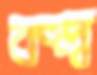
কল্ব